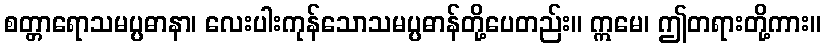
စတ္တာရောသမပ္ပဓာနာ၊ လေးပါးကုန်သောသမပ္ပဓာန်တို့ပေတည်း။ ဣမေ၊ ဤတရားတို့ကား။